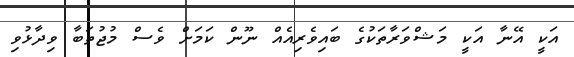
އަކީ އޭނާ އަކީ މަޝްވަރާތަކުގެ ބައިވެރިއެއް ނޫން ކަމަށް ވެސް މުޖުތަބާ ވިދާޅުވި